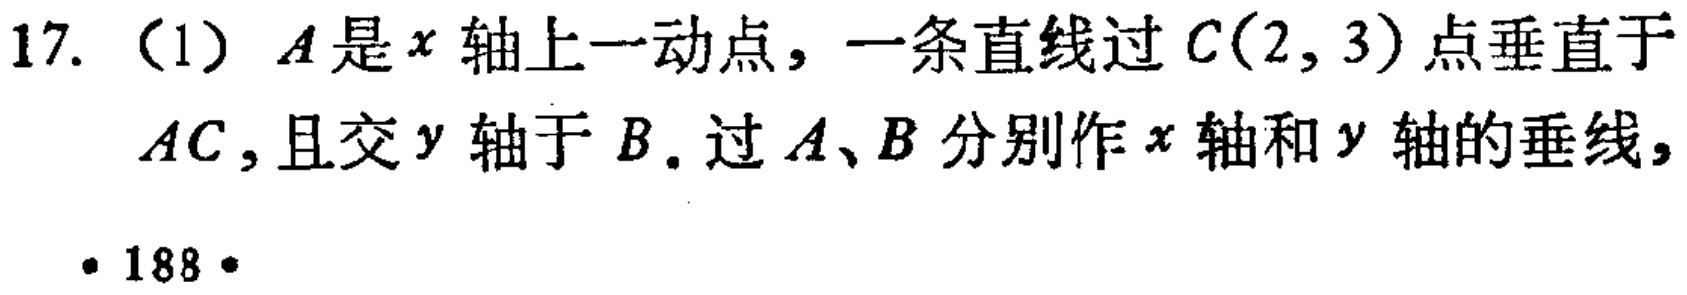
17. （1）$A$是$x$轴上一动点，一条直线过$C(2,3)$点垂直于$AC$，且交$y$轴于$B$. 过$A、B$分别作$x$轴和$y$轴的垂线，
· 188 ·